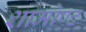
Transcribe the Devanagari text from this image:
शामोण्ट